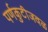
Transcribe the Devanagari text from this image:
पर्णकुटीजवळ